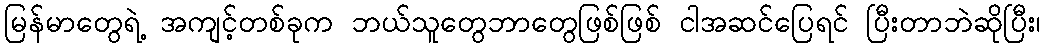
မြန်မာတွေရဲ့ အကျင့်တစ်ခုက ဘယ်သူတွေဘာတွေဖြစ်ဖြစ် ငါအဆင်ပြေရင် ပြီးတာဘဲဆိုပြီး၊